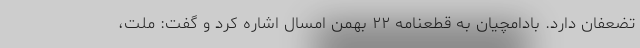
تضعفان دارد. بادامچیان به قطعنامه ۲۲ بهمن امسال اشاره کرد و گفت: ملت‌،